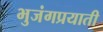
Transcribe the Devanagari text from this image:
भुजंगप्रयाती